Leaving Certificate Examination, 1924
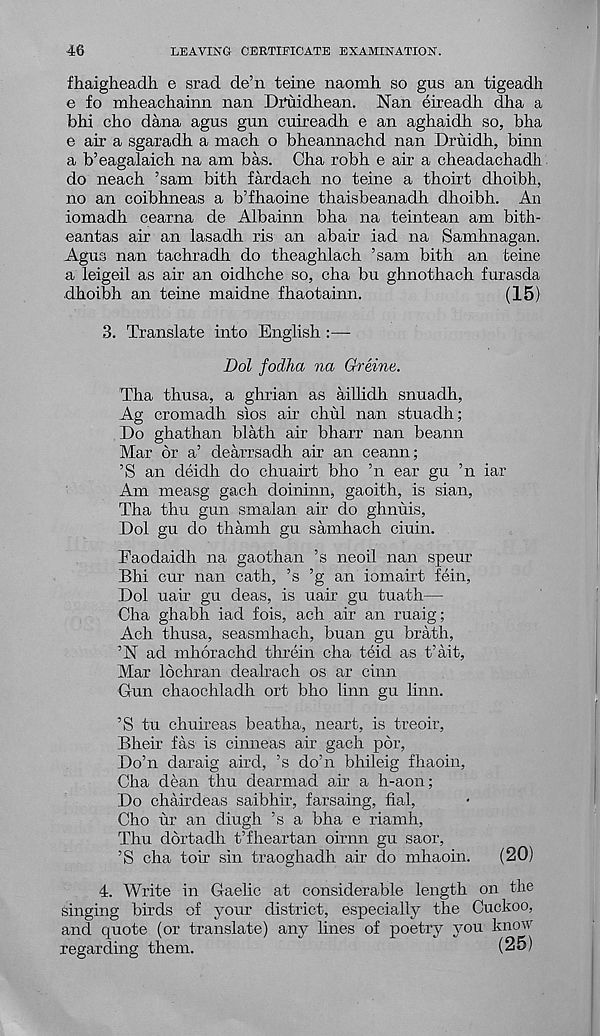
46
LEAVING CERTIFICATE EXAMINATION.
fhaigheadh e srad de’n teine naomh so gus an tigeadh
e fo mheachainn nan Dvuidhean. Nan eireadh dha a
bhi cho dana agus gun cuireadh e an aghaidh so, bha
e air a sgaradh a mach o bheannachd nan Druidh, binn
a b’eagalaich na am bas. Cha robh e air a cheadachadh
do neach ’sam bith fardach no teine a thoirt dhoibh,
no an coibhneas a b’fhaoine thaisbeanadh dhoibh. An
iomadh cearna de Albainn bha na teintean am bith-
eantas air an lasadh ris an abair iad na Samhnagan.
Agus nan tachradh do theaghlach ’sam bith an teine
a leigeil as air an oidhche so, cha bu ghnothach furasda
dhoibh an teine maidne fhaotainn.
(15)
3. Translate into English :—-
Dol fodha na Greine.
Tha thusa, a ghrian as aillidh snuadh,
Ag cromadh sios air chul nan stuadh;
Do ghathan blath air bharr nan beann
Mar or a’ dearrsadh air an ceann;
’S an deidh do chuairt bho ’n ear gu ’n iar
Am measg gach doininn, gaoith, is sian,
Tha thu gun smalan air do ghnuis,
Dol gu do thamh gu samhach ciuin.
Faodaidh na gaothan ’s neoil nan speur
Bhi cur nan cath, ’s ’g an iomairt fein,
Dol uair gu deas, is uair gu tuath—
Cha ghabh iad fois, ach air an ruaig;
Ach thusa, seasmhach, buan gu brath,
’N ad mhorachd threin cha teid as t’ait,
Mar lochran dealrach os ar chan
Gun chaochladh ort bho linn gu linn.
’S tu chuireas beatha, neart, is treoir,
Bheir fas is cinneas air gach por,
Doha daraig aird, ’s do’n bhileig fhaoin,
Cha dean thu dearmad air a h-aon;
Do chairdeas saibhir, farsaing, fial,
Cho ur an diugh ’s a bha e riamh,
Thu dortadh t’fheartan oirnn gu saor,
’S cha toir sin traoghadh air do mhaoin.
(20)
4. Write in Gaelic at considerable length on the
singing birds of your district, especially the Cuckoo,
and quote (or translate) any lines of poetry you know
regarding them.
(25)